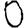
Digit: 0